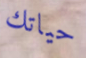
حياتك